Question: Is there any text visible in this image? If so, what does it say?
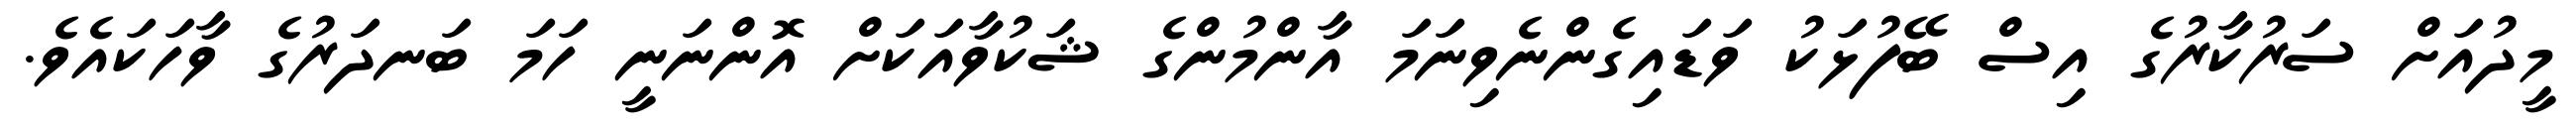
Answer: މީދުއަށް ސަރުކާރުގެ އިސް ބޭފުޅަކު ވަޑައިގެންނެވިނަމަ އާންމުންގެ ޝަކުވާއަކަށް އޮންނަނީ ހަމަ ބަނދަރުގެ ވާހަކައެވެ.